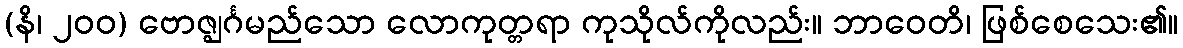
(နိ၊ ၂၀၀) ဗောဇ္ဈင်္ဂမည်သော လောကုတ္တရာ ကုသိုလ်ကိုလည်း။ ဘာဝေတိ၊ ဖြစ်စေသေး၏။